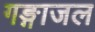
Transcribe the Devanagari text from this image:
गङ्गाजल